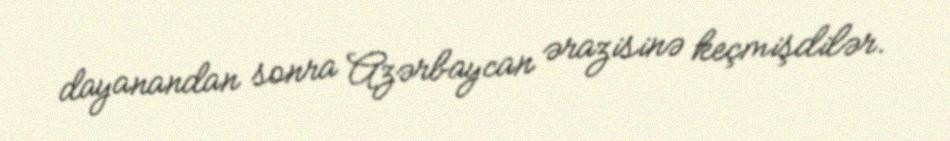
dayanandan sonra Azərbaycan ərazisinə keçmişdilər.